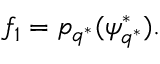
f _ { 1 } = p _ { q ^ { * } } ( \psi _ { q ^ { * } } ^ { * } ) .